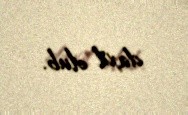
daxil olub.